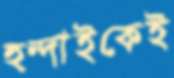
হুন্দাইকেই